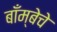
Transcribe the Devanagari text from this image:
बाँम्बेचे